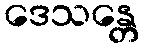
ဒေသန္တေ